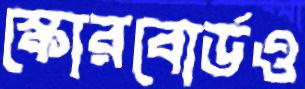
স্কোরবোর্ডও